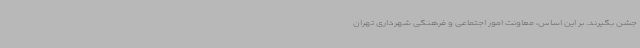
جشن بگیرند. بر این اساس، معاونت امور اجتماعی و فرهنگی شهرداری تهران